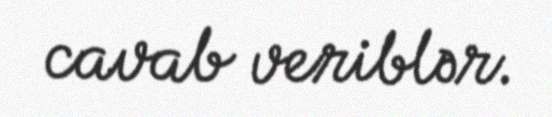
cavab veriblər.